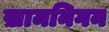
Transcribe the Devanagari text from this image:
ख़ामनिगन